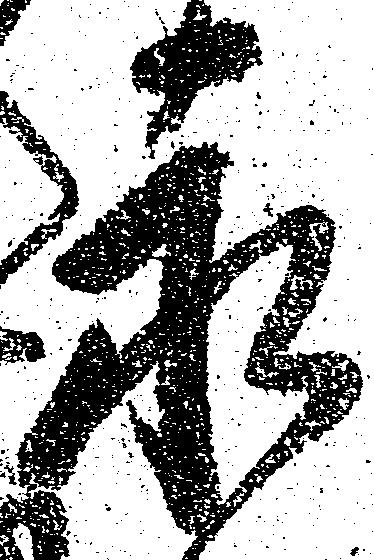
永